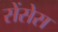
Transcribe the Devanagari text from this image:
सेंसेस